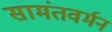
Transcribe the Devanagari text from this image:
सामंतवर्मन